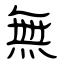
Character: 無